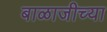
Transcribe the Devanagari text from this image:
बाळाजीच्या